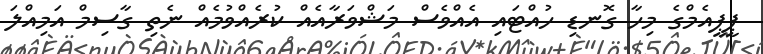
ޕީޕީއެމްގެ މިހާ ގޮނޑި ހުއްޓައި އެއްވެސް މަޝްވަރާއެއް ކުރެއްވުމެއް ނެތި ގާސިމް އަމިއްލަ